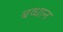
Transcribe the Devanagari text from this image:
बव्धान